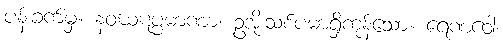
ပန်းခက်မှ။ နဝဃဋပ္ပမာဏာ၊ ဥအိုးသစ်ပမာရှိကုန်သော။ ရေဏဝေါ၊